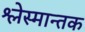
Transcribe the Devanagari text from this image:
श्लेस्मान्तक